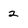
Character: 2